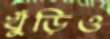
খুঁড়িও